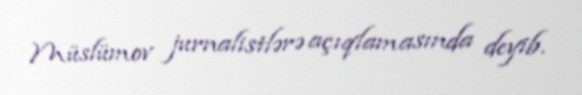
Müslümov jurnalistlərə açıqlamasında deyib.